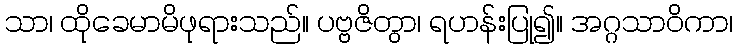
သာ၊ ထိုခေမာမိဖုရားသည်။ ပဗ္ဗဇိတွာ၊ ရဟန်းပြု၍။ အဂ္ဂသာဝိကာ၊